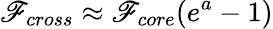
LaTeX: \mathscr{F}_{cross}\approx\mathscr{F}_{core}(e^{a}-1)